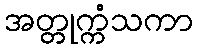
အတ္တုက္ကံသကာ